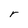
Character: r